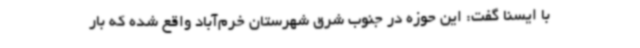
با ایسنا گفت: این حوزه در جنوب شرق شهرستان خرم‌آباد واقع شده که بار